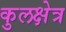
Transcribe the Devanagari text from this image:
कुलक्षेत्र